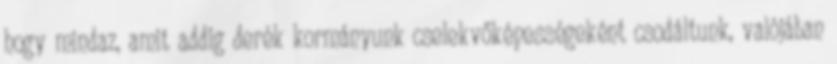
hogy mindaz, amit addig derék kormányunk cselekvőképességeként csodáltunk, valójában